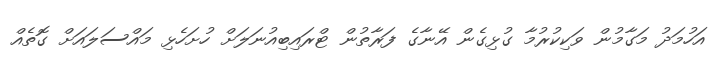
އަހުމަދު މަގާމުން ވަކިކުރުމާ ގުޅިގެން އޭނާގެ ފަރާތުން ޓްރައިބިއުނަލަށް ހުށަހެޅި މައްސަލައަށް ގޮތެއް